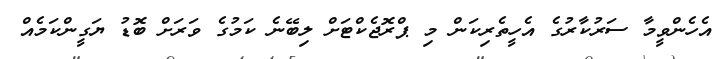
އެހެންވީމާ ސަރުކާރުގެ އެހީތެރިކަން މި ޕްރޮޖެކްޓަށް ލިބޭނެ ކަމުގެ ވަރަށް ބޮޑު ޔަގީންކަމެއް